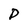
Character: D